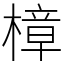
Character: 樟